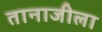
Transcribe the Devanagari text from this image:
तानाजीला